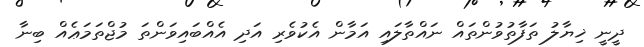
ދީނީ ޚިޔާލު ތަފާތުވުންތައް ނައްތާލައި އަމާން އެކުވެރި އަދި އެއްބައިވަންތަ މުޖްތަމަޢެއް ބިނާ